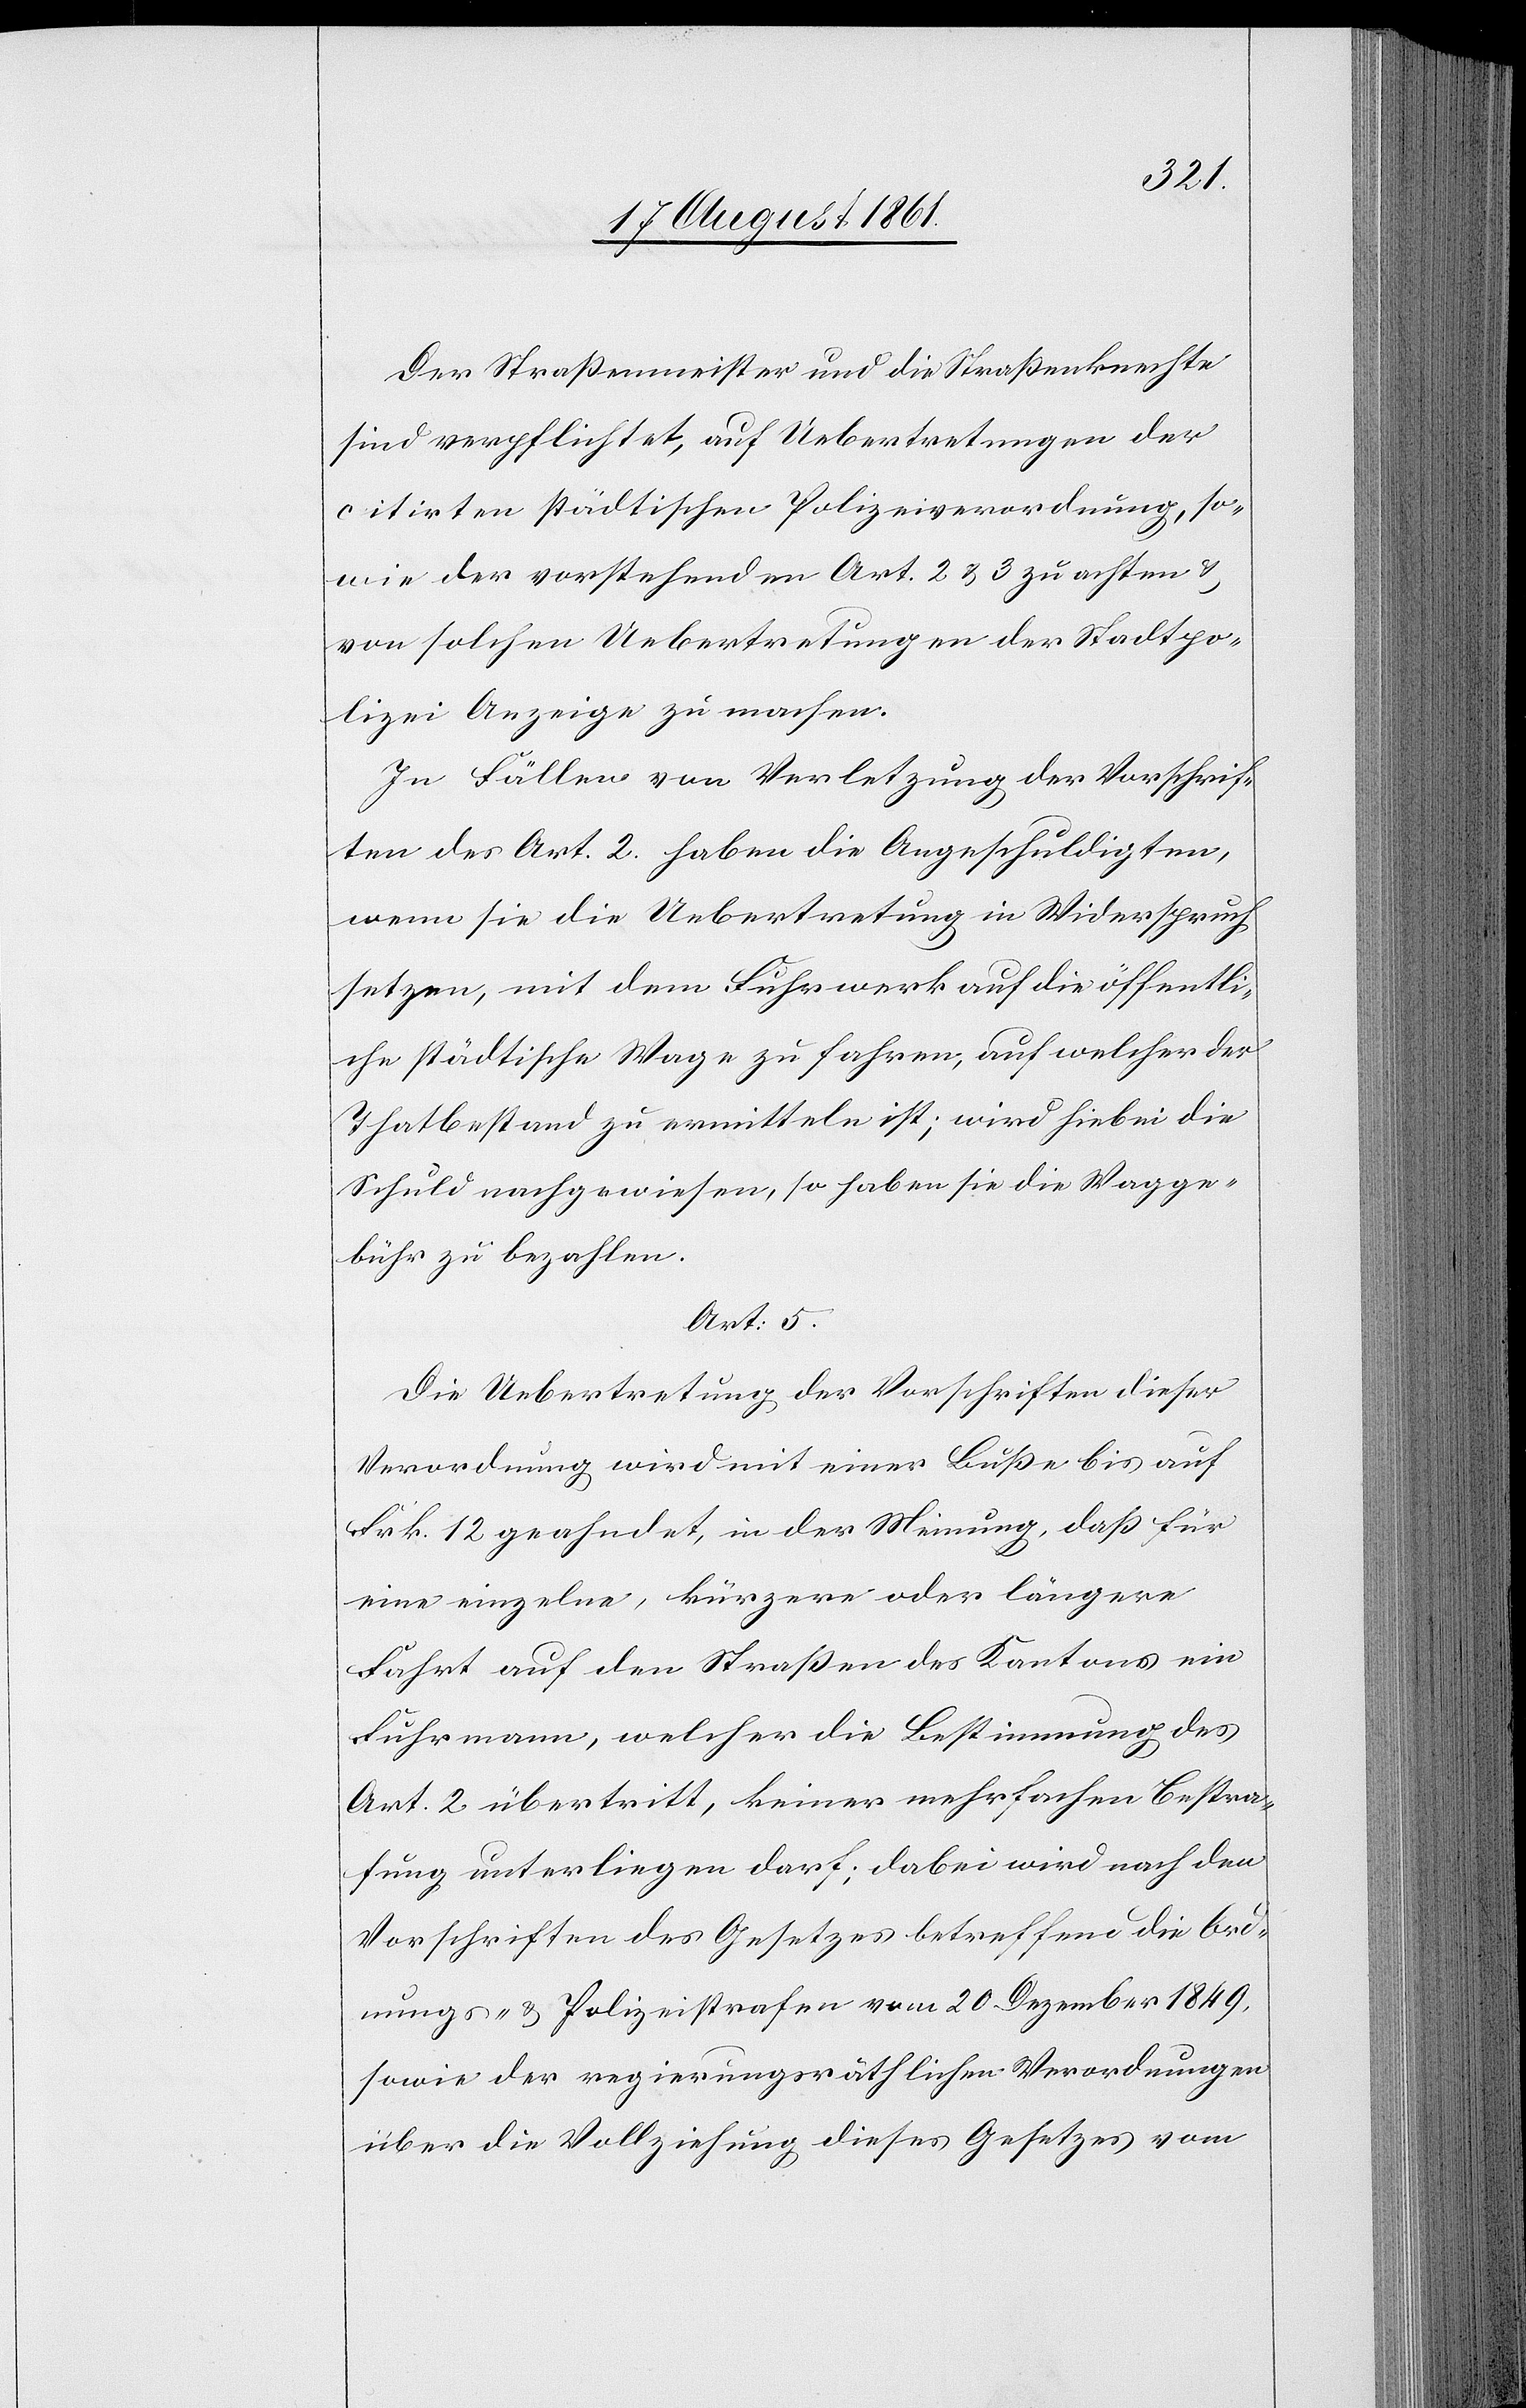
Der Straßenmeister und die Straßenknechte
sind verpflichtet, auf Uebertretungen der
citirten städtischen Polizeiverordnung, so¬
wie der vorstehenden Art. 2 u. 3 zu achten u.
von solchen Uebertretungen der Stadtpo¬
lizei Anzeige zu machen.
In Fällen von Verletzung der Vorschrif¬
ten des Art. 2 haben die Angeschuldigten,
wenn sie die Uebertretung in Widerspruch
setzen, mit dem Fuhrwerk auf die öffentli¬
che städtische Wage zu fahren, auf welcher der
Thatbestand zu ermitteln ist; wird hiebei die
Schuld nachgewiesen, so haben sie die Wagge¬
bühr zu bezahlen.
Art. 5.
Die Uebertretung der Vorschriften dieser
Verordnung wird mit einer Buße bis auf
Frk. 12 geahndet, in der Meinung, daß für
eine einzelne, kürzere oder längere
Fahrt auf den Straßen des Kantons ein
Fuhrmann, welcher die Bestimmung des
Art. 2 übertritt, keiner mehrfachen Bestra¬
fung unterliegen darf; dabei wird nach den
Vorschriften des Gesetzes betreffend die Ord¬
nungs- u. Polizeistrafen vom 20 Dezember 1849,
sowie der regierungsräthlichen Verordnungen
über die Vollziehung dieses Gesetzes vom